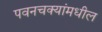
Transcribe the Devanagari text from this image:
पवनचक्यांमधील